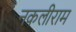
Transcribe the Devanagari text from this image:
नकलीराम